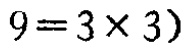
$9 = 3\times 3)$